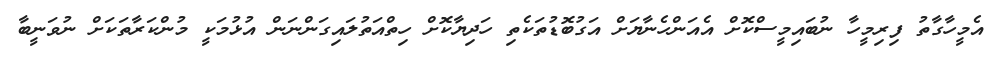
އެމީހާގާތު ފިރިމީހާ ނުބައިމީސްކޮށް އެއަންހެނާޔަށް އަގުބޮޑުތަކެތި ހަދިޔާކޮށް ހިތްއަތުލައިގަންނަން އުޅުމަކީ މުންކަރާތަކަށް ނުވަނީބާ